V__Kingissepa_nim__kolhoos, lk 56
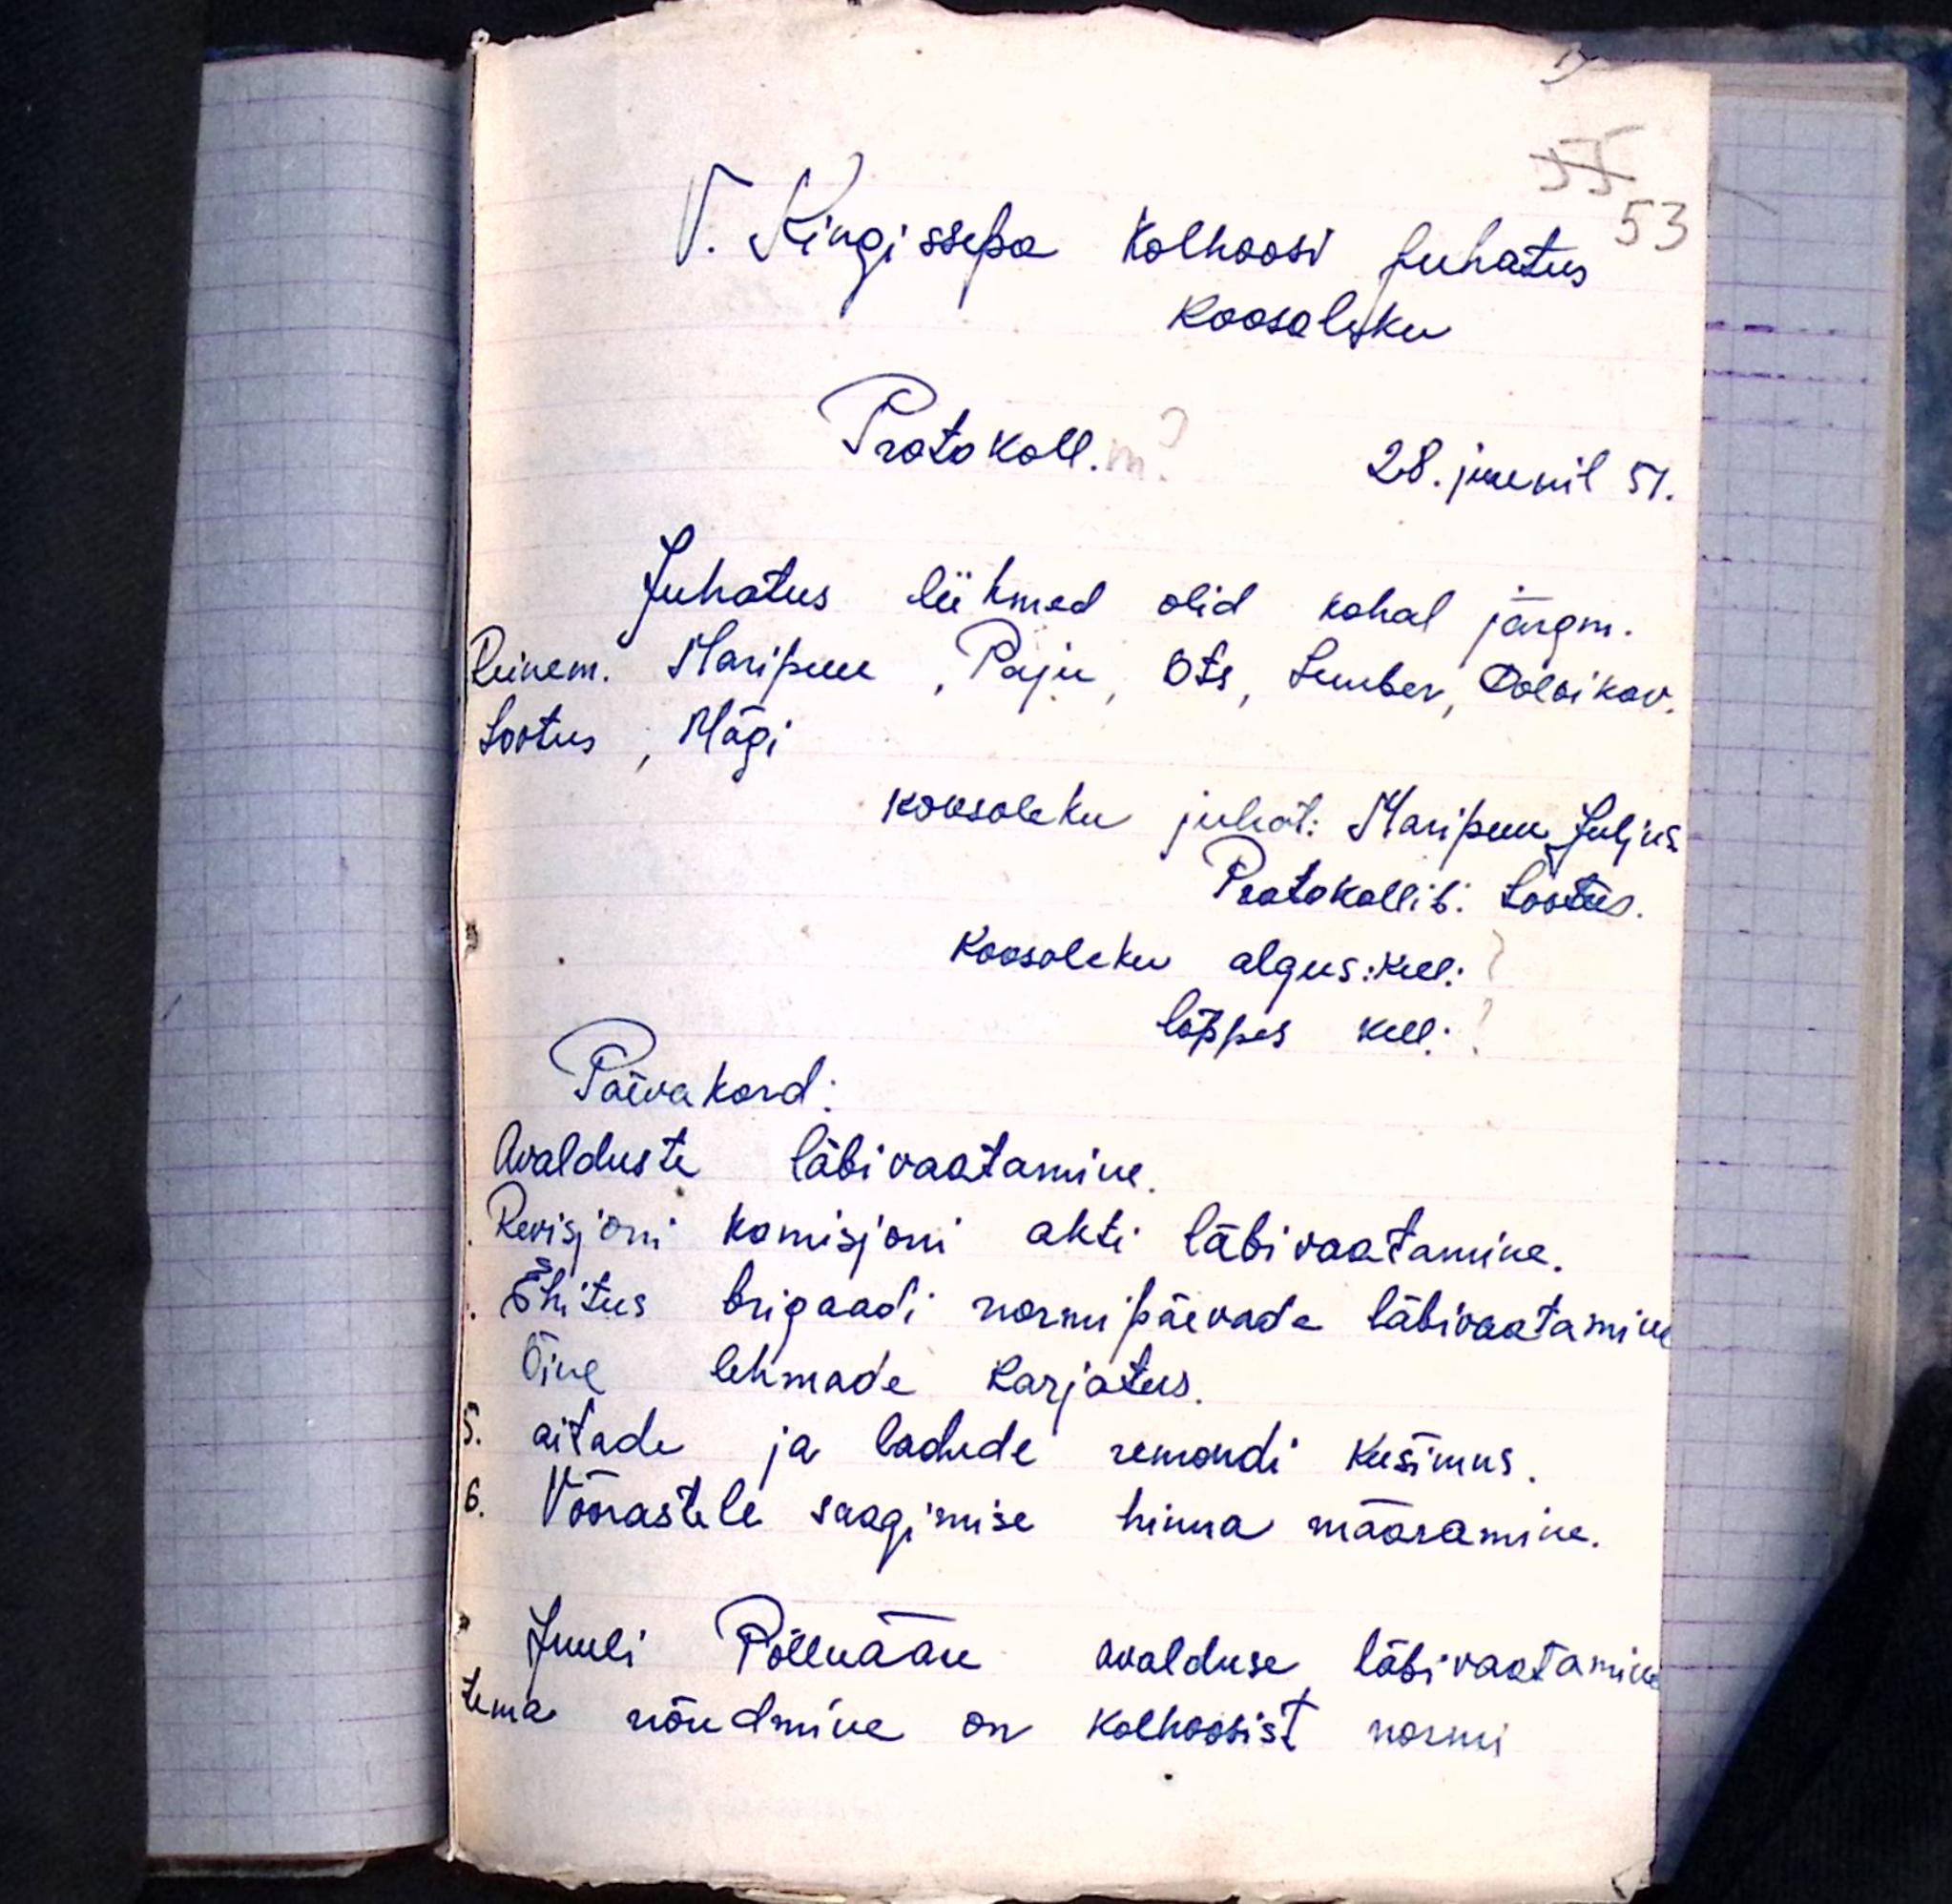
V. Kingissepa Kolhoosi juhatus
53
koosoleku
Protokoll.
28. juunil 51.
Juhatus liikmed olid kohal järgm.
Reinem. Maripuu, Paju, Ots, Luuber, Doloikov.
Lootus, Mägi
Koosoleku juhat: Maripuu Julius.
Protokollib: Lootus.
Koosoleku algus: kell:
lõppes kell:
Päevakord:
Avalduste läbivaatamine.
Revisjoni komisjoni akti läbivaatamine.
Ehitus brigaadi normipäevade läbivaatamine
Öine lehmade karjatus.
5. aitade ja ladude remondi küsimus.
6. Võõrastele saagimise hinna määramine.
Juuli Põlluääre avalduse läbivaatamine
tema nõudmine on kolhoosist normi